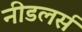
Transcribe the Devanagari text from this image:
नीडलर्स